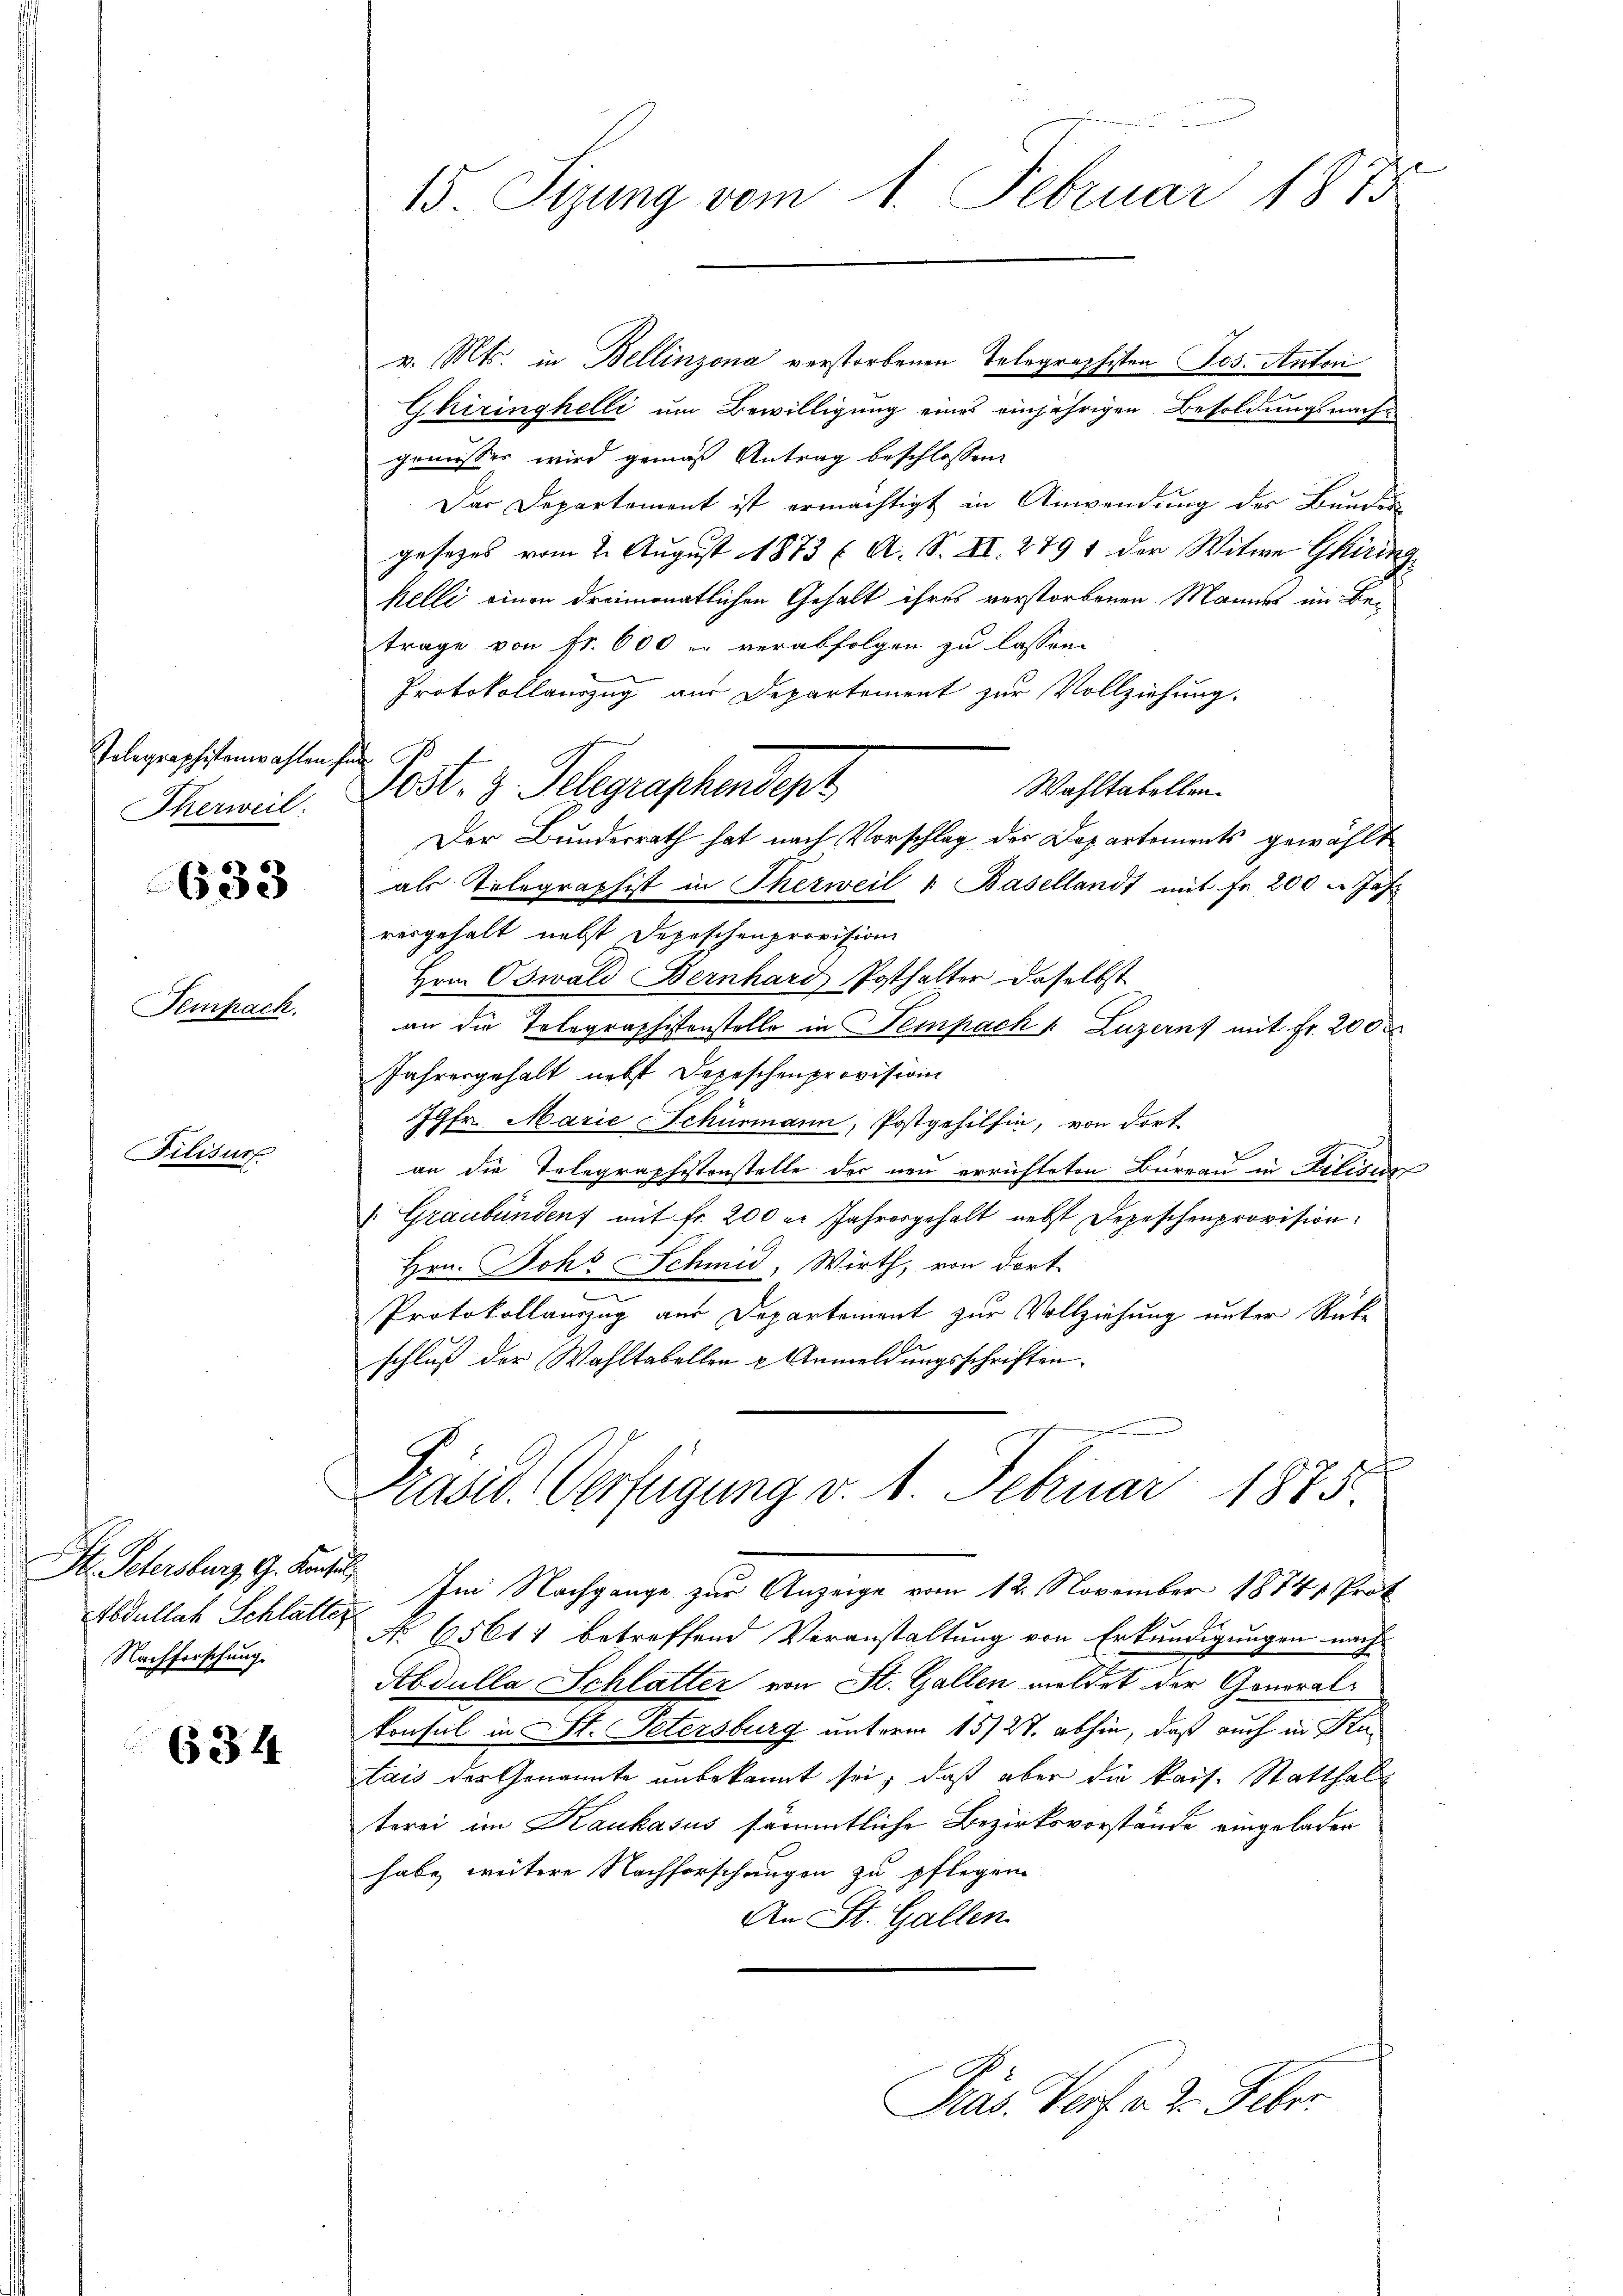
Polegraphistenwahlen ha
Therweil.

633

Dempach.

Filisir

Gr. Petersburg, G. Konsul
Abdullach Schlatter
Nachforschung.

634

15 Sizung vom 1. Februar 1873

v. Mts. in Bellinzona verstorbenen Telegraphisten Jos. Antoni
Ghiringhelli um Bewilligung eines einjährigen Besoldungsnach
gemesser wird gemäß Antrag beschlossen.
Das Departement ist ermächtigt in Anwendung des Bander
gesezes vom 2. August 1873 (A. S. II. 279 1 der Witwe Ghiring
kelli einen dreimonatlichen Gehalt ihres verstorbenen Mannes im Betrage von fr. 600 u. verabfolgen zu lassen.
Protokollauszug aus Departement zur Vollziehung.

sest. z. Telegraphendept
Wahltatellen.
Der Bundesrath hat nach Vorschlag des Departements gewählt
als Telegraphist in Therweil " Basellandt mit Fr. 200 Jah
rergehalt nebst Depeschenprovision
Hrn. Oswald Bernhard Posthalter daselbst
an die Telegraphistonstelle in Sempach v. Luzerns mit Fr. 200
Jahresgehalt nebst Depeschenprovision
Jgfr. Marie Schurmann, Postgehilfen, von dort
an die Telegraphistonstelle der neu errichteten Bureau in Delice¬
. Graubünden mit fr. 200 er Jahresgehalt nebst Depeschenprovision.
Hrn. Bohr Schmid, Wirth, von dort
Protokollauszug aus Departement zur Vollziehung unter Rükschluß der Wahltabellen u Anmeldungsschriften.
Präsid. Verfügung v. 1. Februar 1875.
Im Nachgange zur Anzeige vom 12. November 1874 Prot
No 65611 betreffend Veranstaltung von Erkundigungen nach
Abdulla Schlatter von St. Gallen meldet der Gonoralkonsul in St. Petersburg unterm 15/27. abhin, daß auch in Kutais der Genannte unbekannt sei, daß aber die kais. Statthalt
terei im Kaukasus seramtliche Bezirksvorstände eingeladen
habe weitere Nachforschungen zu pflegen
An St. Gallen
Präs. Verf. v. 2. Feber